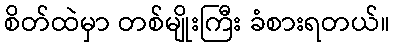
စိတ်ထဲမှာ တစ်မျိုးကြီး ခံစားရတယ်။